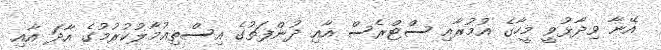
އޭނާ ވިދާޅުވީ މީހާގެ އުމުރާއި ސްޓްރެސް އާއި ދުންފަތުގެ އިސްތިއުމާލުކުރުމުގެ އާދަ އާއި